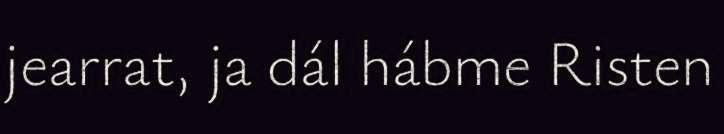
jearrat, ja dál hábme Risten